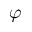
\varphi